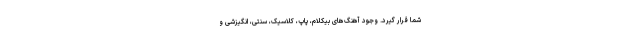
شما قرار گیرد. وجود آهنگ‌های بیکلام، پاپ، کلاسیک، سنتی، انگیزشی و